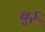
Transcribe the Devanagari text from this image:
बुर्र